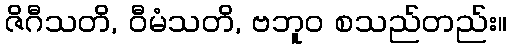
ဇိဂီသတိ, ဝီမံသတိ, ဗဘူဝ စသည်တည်း။